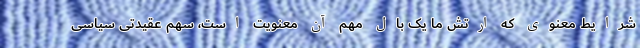
شرایط معنوی که ارتش ما یک بال مهم آن معنویت است، سهم عقیدتی سیاسی